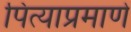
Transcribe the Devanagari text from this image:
पित्याप्रमाणे